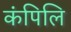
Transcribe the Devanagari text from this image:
कंपिलि